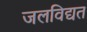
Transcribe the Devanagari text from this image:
जलविद्यत